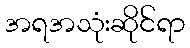
အရအသုံးဆိုင်ရာ